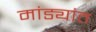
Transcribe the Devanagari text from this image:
मांड्यांत